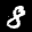
Label: 8